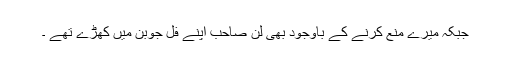
جبکہ میرے منع کرنے کے باوجود بھی لن صاحب اپنے فل جوبن میں کھڑے تھے ۔